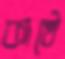
কাষ্ঠে